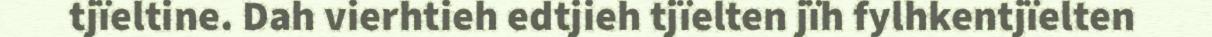
tjïeltine. Dah vierhtieh edtjieh tjïelten jïh fylhkentjïelten